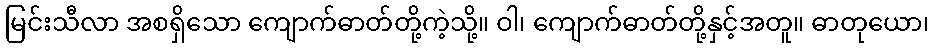
မြင်းသီလာ အစရှိသော ကျောက်ဓာတ်တို့ကဲ့သို့။ ဝါ၊ ကျောက်ဓာတ်တို့နှင့်အတူ။ ဓာတုယော၊